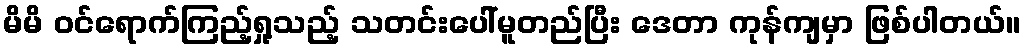
မိမိ ဝင်ရောက်ကြည့်ရှု့သည့် သတင်းပေါ်မူတည်ပြီး ဒေတာ ကုန်ကျမှာ ဖြစ်ပါတယ်။